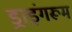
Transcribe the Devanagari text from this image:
ड्राइंगरूम